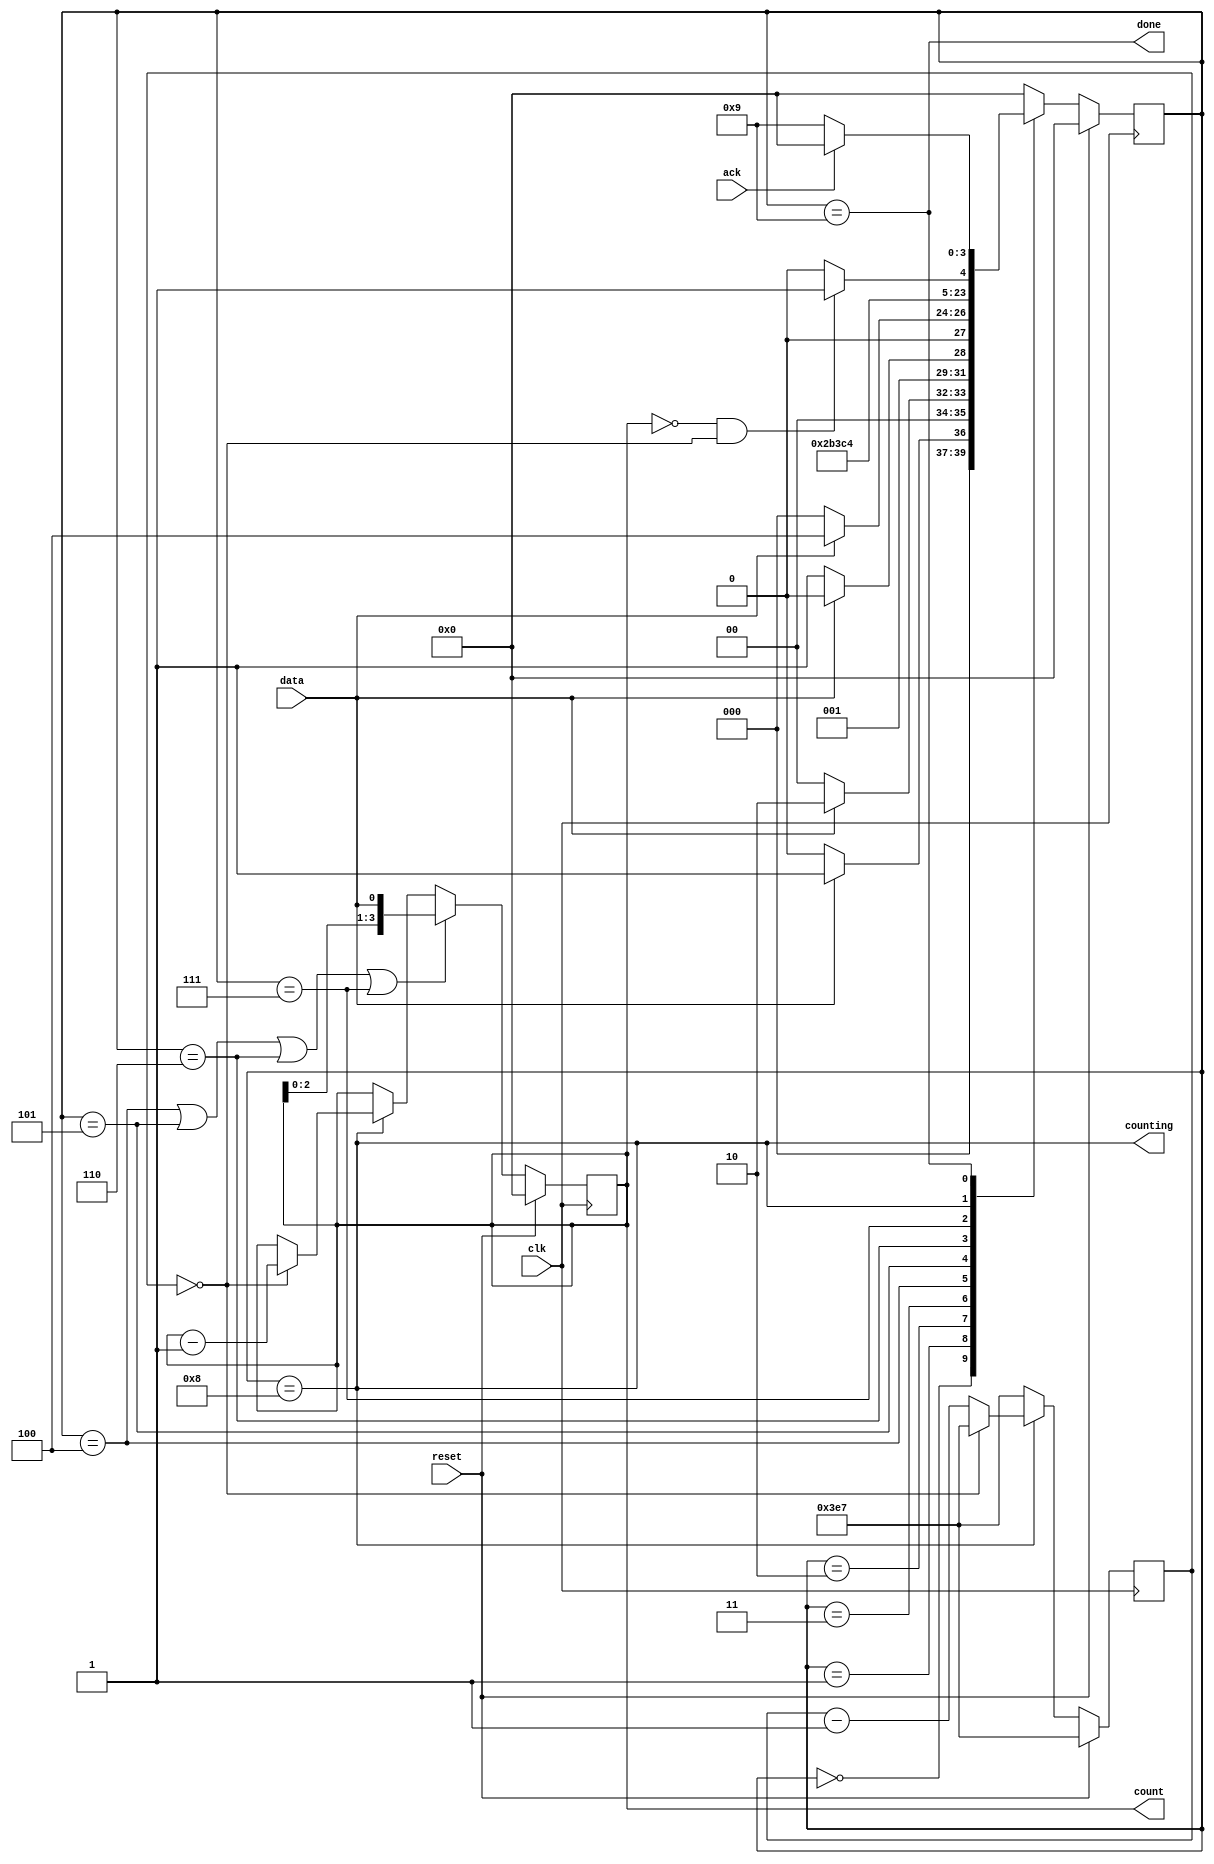
module top_module (
    input clk,
    input reset,      // Synchronous reset
    input data,
    output [3:0] count,
    output counting,
    output done,
    input ack );

    parameter S0=4'd0,S1=4'd1,S2=4'd2,S3=4'd3;
    parameter S4=4'd4,S5=4'd5,S6=4'd6,S7=4'd7;
    parameter COUNTING=4'd8,DONE=4'd9;

    reg [3:0] state,next_state;

    always @(posedge clk)begin
        if(reset)   state<=S0;
        else        state<=next_state;
    end

    always @(*) begin
        case(state)
            S0:
                next_state=data?S1:S0;
            S1:
                next_state=data?S2:S0;
            S2:
                next_state=data?S2:S3;
            S3:
                next_state=data?S4:S0;
            S4:
                next_state=reset?S0:S5;
            S5:
                next_state=reset?S0:S6;
            S6:
                next_state=reset?S0:S7;
            S7:
                next_state=reset?S0:COUNTING;
            COUNTING:
                next_state=done_counting?DONE:COUNTING;
            DONE:
                next_state=ack?S0:DONE;
                default:
                    next_state=S0;
        endcase
    end

        wire shift_ena;

        assign shift_ena=(state==S4)||(state==S5)||(state==S6)||(state==S7);
        assign counting=(state==COUNTING);
        assign done=(state==DONE);

        wire done_counting;
        assign done_counting=(count==4'd0)&&(cnt==10'd0);
        //count==delay
        always @(posedge clk) begin
            if(reset)   count<=4'd0;
            else if(shift_ena)    count<={count[2:0],data};
            else if(counting)     count<=(cnt==10'd0)?count-4'd1:count;
            else                  count<=count;
        end
        //count 1000
        reg [9:0] cnt;    
        always @(posedge clk)begin
            if(reset)           cnt<=10'd999;
            else if(counting)   cnt<=(cnt==10'd0)?10'd999:cnt-10'd1;
            else                cnt<=10'd999;
        end

endmodule